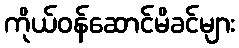
ကိုယ်ဝန်ဆောင်မိခင်များ